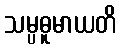
သမ္ပဓူမာယတိ